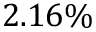
2 . 1 6 \%